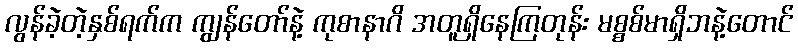
လွန်ခဲ့တဲ့နှစ်ရက်က ကျွန်တော်နဲ့ ကုစာနာဂိ အတူရှိနေကြတုန်း မစ္စစ်မာရှိဘနဲ့တောင်